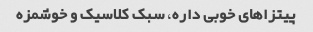
پیتزاهای خوبی داره، سبک کلاسیک و خوشمزه